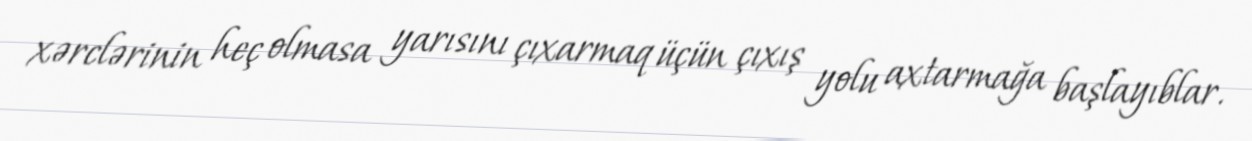
xərclərinin heç olmasa yarısını çıxarmaq üçün çıxış yolu axtarmağa başlayıblar.